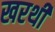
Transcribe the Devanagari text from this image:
खरथी